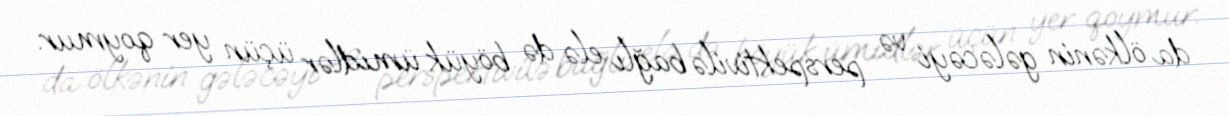
da ölkənin gələcəyi və perspektivilə bağlı elə də böyük ümidlər üçün yer qoymur.